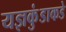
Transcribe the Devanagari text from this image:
यज्ञकुंडाकडे